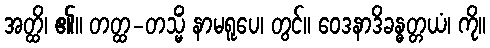
အတ္ထိ၊ ၏။ တတ္ထ-တသ္မိံ နာမရူပေ၊ တွင်။ ဝေဒနာဒိခန္ဓတ္တယံ၊ ကို။